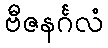
ဗီဇနင်္ဂလံ